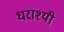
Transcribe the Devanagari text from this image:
धराश्यी